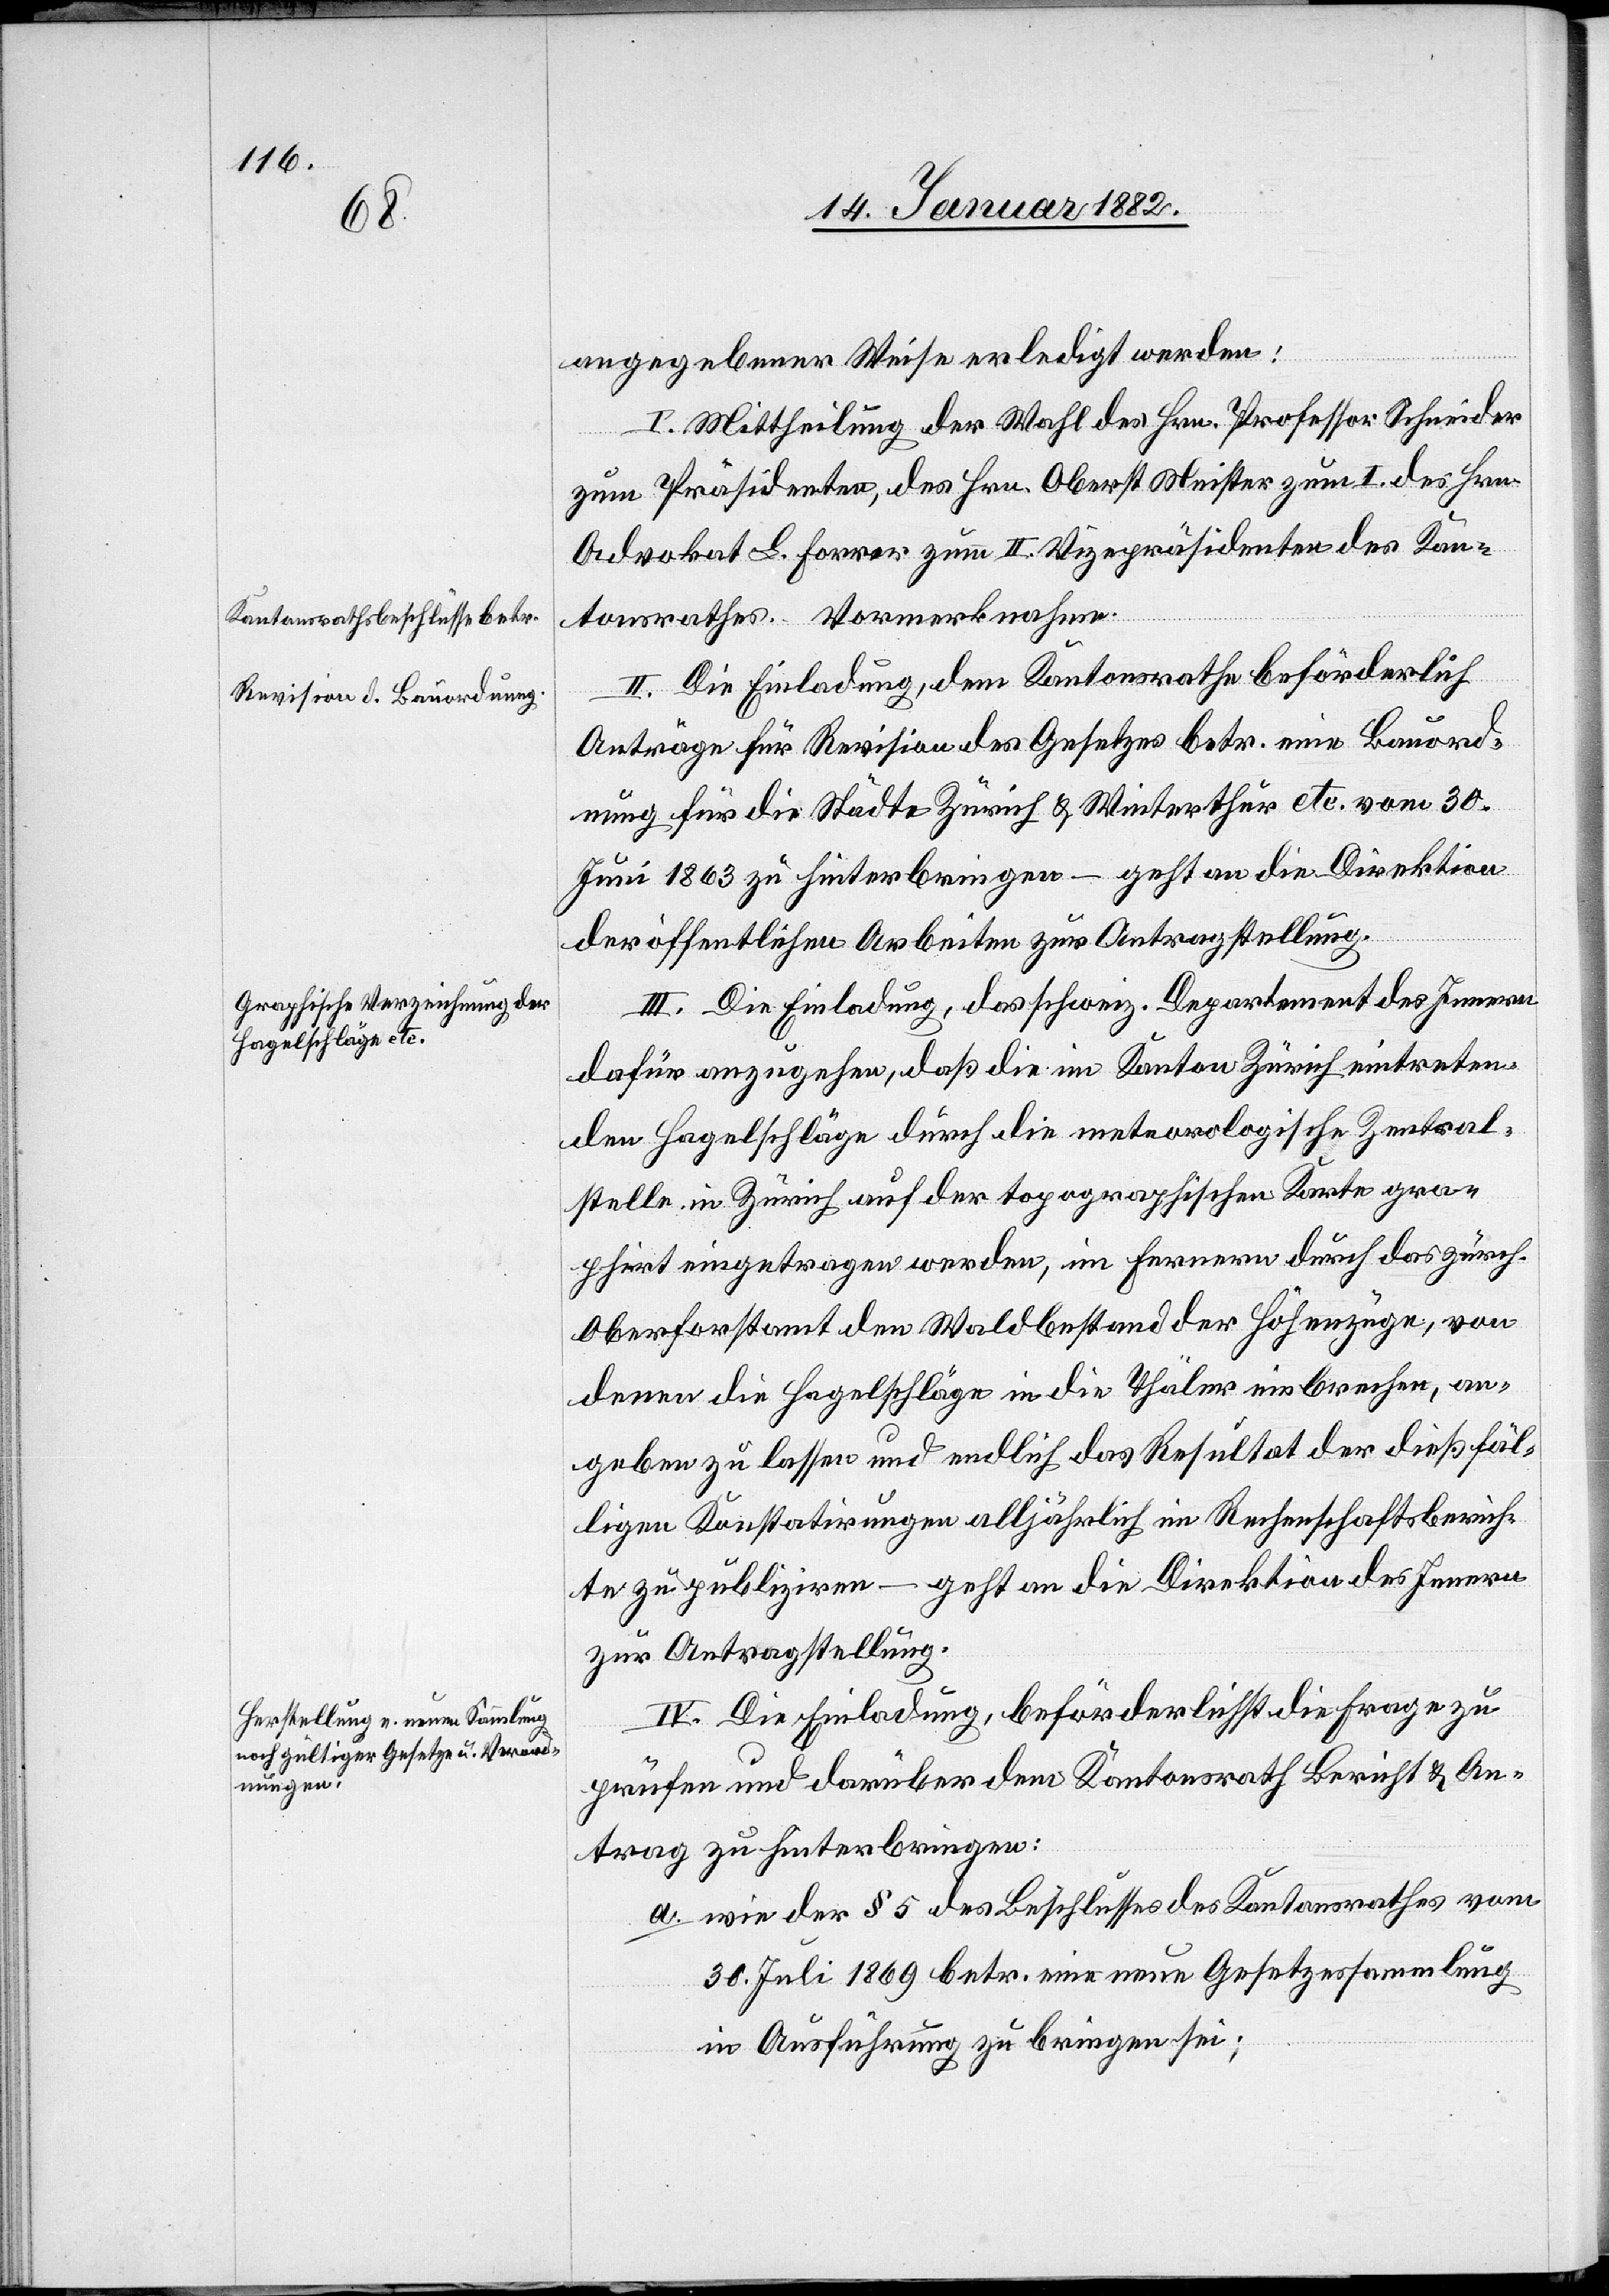
athes.

angegebener Weise erledigt werden:
I. Mittheilung der Wahl des Hr. Professor Schneider
zum Präsidenten, des Hr. Oberst Meister zum I. [,] des Hrn.
Advokat L. Forrer zum II. Vizepräsidenten des Kan¬
II. Die Einladung, dem Kantonsrath beförderlich
Anträge für Revision des Gesetzes betr. eine Bauord¬
nung für die Städte Zürich & Winterthur etc. vom 30.
Juni 1863 zu hinterbringen – geht an die Direktion
der öffentlichen Arbeiten zur Antragstellung.
III. Die Einladung, das schweiz. Departement des Innern
dafür anzugehen, daß die im Kanton Zürich eintreten¬
den Hagelschläge durch die meteorologische Zentral¬
stelle in Zürich auf der topografischen Karte gra¬
phirt eingetragen werden, im ferneren durch das zürch.
Oberforstamt den Waldbestand der Höhenzüge, von
denen die Hagelschläge in die Thäler einbrechen, an¬
geben zu lassen und endlich das Resultat der dießfäl¬
ligen Konstatierungen alljährlich im Rechenschaftsberich¬
te zu publiziren – geht an die Direktion des Innern
zur Antragstellung.
IV. Die Einladung, beförderlichst die Frage zu
prüfen und darüber dem Kantonsrath Bericht & An¬
trag zu hinterbringen:
a) wie der § 5 des Beschlusses des Kantonsrathes vom
30. Juli 1869 betr. eine neue Gesetzessammlung
in Ausführung zu bringen sei;